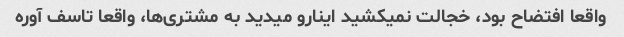
واقعا افتضاح بود، خجالت نمیکشید اینارو میدید به مشتری‌ها، واقعا تاسف آوره